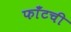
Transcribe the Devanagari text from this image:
फाँटची